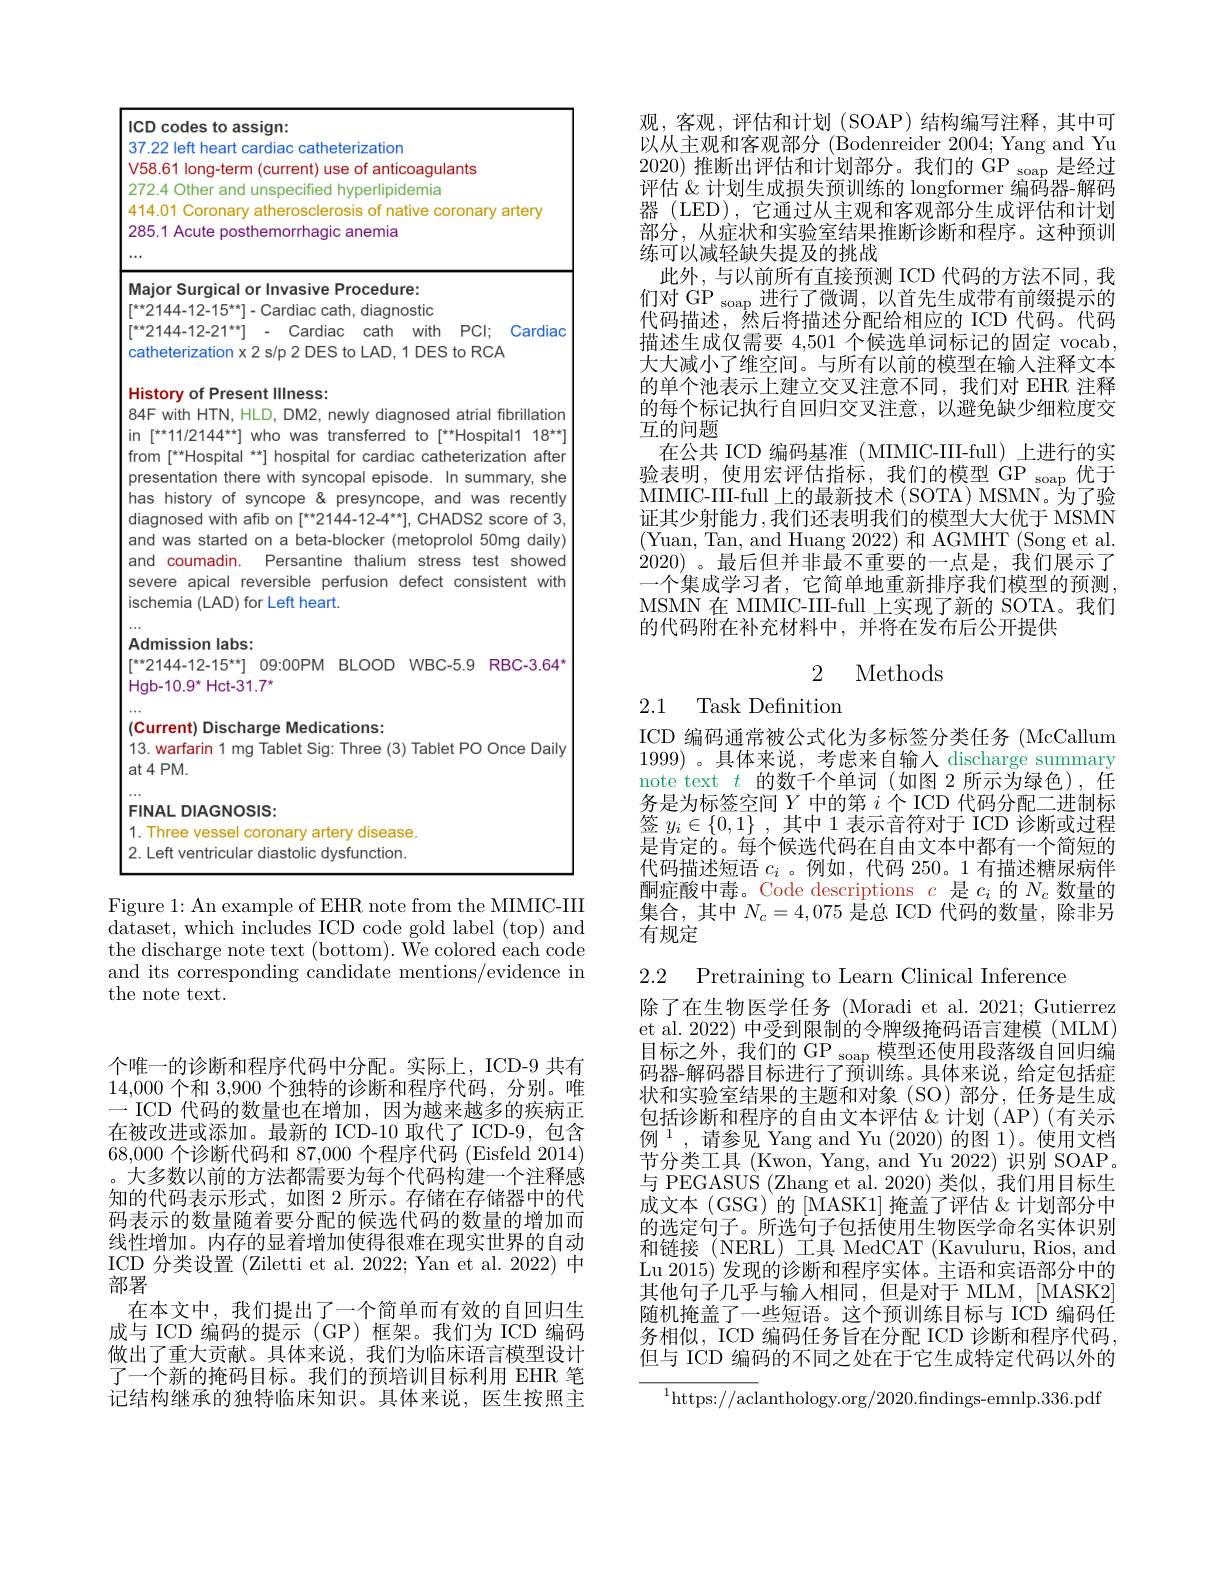
<table>
	<tbody>
		<tr>
			<td>ICD codes to assign:</td>
			<td> </td>
		</tr>
		<tr>
			<td>37.22 left heart cardiac catheterizatio</td>
			<td> </td>
		</tr>
		<tr>
			<td> presentation there with syncopal epis has history of syncope& presynco diagnosed with afib on $\Gamma^{**}2144-12-4$ and was started on a beta-blocker and coumadin. Persantine thalium severe apical reversible perfusion ischemia (LAD) for Left heart.</td>
			<td>In summary, she nd was recently ADS2 score of 3 rolol 50mg daily) SS s test showed consistent with</td>
		</tr>
		<tr>
			<td>Admission labs: $[^{x*}2144-12-15^{**}]$ 09:00PM BLOOD $\mathsf{Hgb-10.9^*}$ Hct-31.7*</td>
			<td>$\therefore-5.9$ RBC-3.64</td>
		</tr>
		<tr>
			<td>(Current) Discharge Medications: 13. warfarin 1 mg Tablet Sig: Three ( at4PM.</td>
			<td>et PO Once Daily</td>
		</tr>
		<tr>
			<td>FINAL DIAGNOSIS:</td>
			<td> </td>
		</tr>
		<tr>
			<td>1. Three vessel coronary artery disea</td>
			<td> </td>
		</tr>
		<tr>
			<td>2. Left ventricular diastolic dysfunctio</td>
			<td> </td>
		</tr>
	</tbody>
</table>

Figure 1: An example of EHR note from the MIMIC-III dataset, which includes ICD code gold label (top) and the discharge note text (bottom). We colored each code and its corresponding candidate mentions/evidence in the note text.

观，客观，评估和计划 (SOAP)结构编写注释，其中可以从主观和客观部分 (Bodenreider 2004; Yang and Yu 2020)推断出评估和计划部分。我们的 GP soap 是经过评估 &计划生成损失预训练的 longformer 编码器-解码器 (LED), 它通过从主观和客观部分生成评估和计划部分，从症状和实验室结果推断诊断和程序。这种预训练可以减轻缺失提及的挑战
此外，与以前所有直接预测 ICD 代码的方法不同，我们对 GP soap 进行了微调，以首先生成带有前缀提示的代码描述，然后将描述分配给相应的 ICD 代码。代码描述生成仅需要 4,501 个候选单词标记的固定 vocab, 大大减小了维空间。与所有以前的模型在输入注释文本的单个池表示上建立交叉注意不同，我们对 EHR 注释的每个标记执行自回归交叉注意，以避免缺少细粒度交互的问题
在公共 ICD 编码基准 ( MIMIC-III-full) 上进行的实验表明，使用宏评估指标，我们的模型 GP soap 优于MIMIC-III-full 上的最新技术 (SOTA) MSMN。为了验证其少射能力，我们还表明我们的模型大大优于 MSMN (Yuan, Tan, and Huang 2022) 和 AGMHT (Song et al. 2020)。最后但并非最不重要的一点是，我们展示了一个集成学习者，它简单地重新排序我们模型的预测， MSMN 在 MIMIC-III-full 上实现了新的 SOTA。我们的代码附在补充材料中，并将在发布后公开提供

2 Methods

## 2.1 Task Definitiom

ICD 编码通常被公式化为多标签分类任务 (McCallum 1999) 。具体来说，考虑来自输人 discharge summary note text $t$的数千个单词(如图 2 所示为绿色),任务是为标签空间$Y$中的第$i$个 ICD 代码分配二进制标签$y_i\in\{0,1\}$ ,其中 1 表示音符对于 ICD 诊断或过程是肯定的。每个候选代码在自由文本中都有一个简短的代码描述短语$c_i$ 。例如，代码 250。1 有描述糖尿病伴酮症酸中毒。Code descriptions $c$是$c_i$的$N_c$数量的集合，其中$N_c=4,075$是总 ICD 代码的数量，除非另有规定

2.2 Pretraining to Learn Clinical Inference

除了在生物医学任务 (Moradi et al. 2021; Gutierrez et al. 2022) 中受到限制的令牌级掩码语言建模 (MLM) 目标之外，我们的 GP soap 模型还使用段落级自回归编码器-解码器目标进行了预训练。具体来说，给定包括症状和实验室结果的主题和对象(SO)部分，任务是生成包括诊断和程序的自由文本评估&计划 (AP)(有关示例$^1$,请参见 Yang and Yu (2020)的图 1)。使用文档节分类工具 (Kwon, Yang, and Yu 2022) 识别 SOAP。与 PEGASUS (Zhang et al. 2020) 类似，我们用目标生成文本(GSG)的[MASK1] 掩盖了评估&计划部分中的选定句子。所选句子包括使用生物医学命名实体识别和链接(NERL)工具MedCAT(Kavuluru,Rios,and Lu 2015) 发现的诊断和程序实体。主语和宾语部分中的其他句子几乎与输入相同，但是对于 MLM,[MASK2] 随机掩盖了一些短语。这个预训练目标与 ICD 编码任务相似，ICD 编码任务旨在分配 ICD 诊断和程序代码， 但与 ICD 编码的不同之处在于它生成特定代码以外的

$^{1}$https://aclanthology.org/2020.findings-emnlp.336.pdf

个唯一的诊断和程序代码中分配。实际上，ICD-9 共有14,000个和 3,900 个独特的诊断和程序代码，分别。唯一 ICD 代码的数量也在增加，因为越来越多的疾病正在被改进或添加。最新的 ICD-10 取代了 ICD-9,包含68,000个诊断代码和 87,000 个程序代码 (Eisfeld 2014) 。大多数以前的方法都需要为每个代码构建一个注释感知的代码表示形式，如图 2 所示。存储在存储器中的代码表示的数量随着要分配的候选代码的数量的增加而线性增加。内存的显着增加使得很难在现实世界的自动ICD 分类设置 (Ziletti et al. 2022; Yan et al. 2022) 中部署
在本文中，我们提出了一个简单而有效的自回归生成与 ICD 编码的提示 (GP)框架。我们为 ICD 编码做出了重大贡献。具体来说，我们为临床语言模型设计了一个新的掩码目标。我们的预培训目标利用 EHR 笔记结构继承的独特临床知识。具体来说，医生按照主